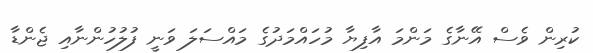
ކުރިން ވެސް އޭނާގެ މަންމަ އާފިޔާ މުހައްމަދުގެ މައްސަލަ ވަނީ ފުލުހުންނާއި ޖެންޑާ